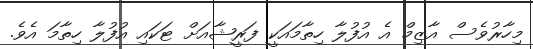
މިހާރުވެސް އާޒިމް އެ އުފުލާ ހިތާމައަކީ ފަރީޝާއަށް ޓަކައި އުފުލާ ހިތާމަ އެވެ.